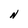
Character: N